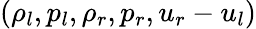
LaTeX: (\rho_{l},p_{l},\rho_{r},p_{r},u_{r}-u_{l})